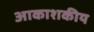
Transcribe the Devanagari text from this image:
आकाशकीय